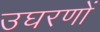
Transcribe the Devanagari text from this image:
उघरणों